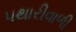
પથારીવાળી